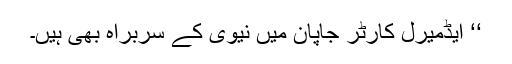
‘‘ ایڈمیرل کارٹر جاپان میں نیوی کے سربراہ بھی ہیں۔